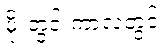
မိုးတွင်းကာလတွင်